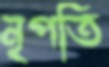
নৃপতি